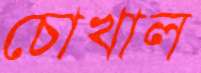
চোখাল